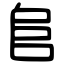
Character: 𨸏